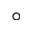
\circ